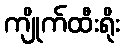
ကျိုက်ထီးရိုး